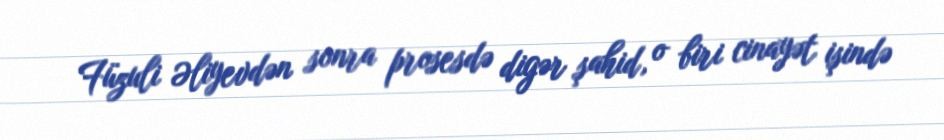
Füzuli Əliyevdən sonra prosesdə digər şahid, o biri cinayət işində